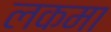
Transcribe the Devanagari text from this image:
लकमा